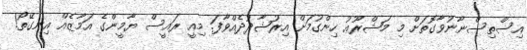
އިސްތިސްނާނުވާގޮތަށް މި މަޝްރޫޢު ހިންގުމަށް އިރުޝާދުދެއްވާފަ. މިއީ ރައީސް ޔާމީންގެ އަމާޒެއް އިނގޭތޯ!